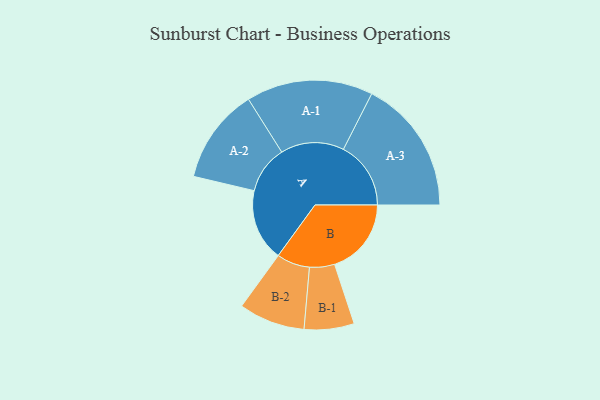
{"axis": {"x": "Segment", "y": "Value"}, "legend": ["", "A", "B"], "data": [{"x": "A", "y": 317, "type": ""}, {"x": "B", "y": 338, "type": ""}, {"x": "A-1", "y": 279, "type": "A"}, {"x": "A-2", "y": 210, "type": "A"}, {"x": "A-3", "y": 297, "type": "A"}, {"x": "B-1", "y": 110, "type": "B"}, {"x": "B-2", "y": 146, "type": "B"}]}